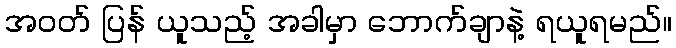
အဝတ် ပြန် ယူသည့် အခါမှာ ဘောက်ချာနဲ့ ရယူရမည်။